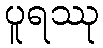
ပူရဿု